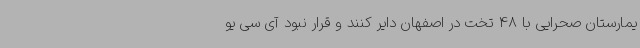
یمارستان صحرایی با 48 تخت در اصفهان دایر کنند و قرار نبود آی سی یو